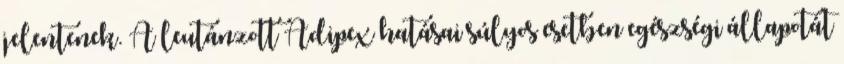
jelentenek. A leutánzott Adipex hatásai súlyos esetben egészségi állapotát